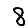
Digit: 8